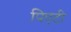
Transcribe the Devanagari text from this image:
पिएटी